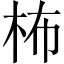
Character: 柨